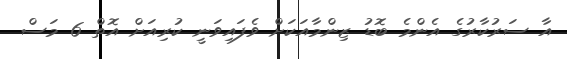
އާ ސަރުކާރުގެ އެންމެ ބޮޑު ޒިންމާއަކަށް ވެފައިވަނީ ކުރިއަށް އޮތް 6 މަސް